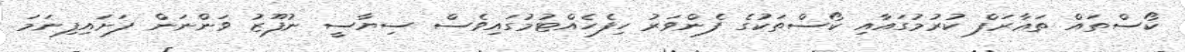
ކޯސްތައް ތަޢާރަފް ކުރުމުގައާއި ކޯސްތަކުގެ ފެންވަރު ހިފެހެއްޓުމުގައިވެސް ސިޔާސީ ނުފޫޒު ވަންނަން ފަށައިފިނަމަ